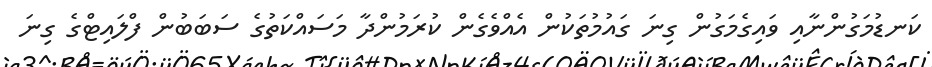
ކަނޑުމަގުންނާއި ވައިގެމަގުން ގިނަ ގައުމުތަކުން އެއްވެގެން ކުރަމުންދާ މަސައްކަތުގެ ސަބަބުން ފްލައިޓްގެ ގިނަ